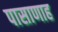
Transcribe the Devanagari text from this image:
पासाणाह